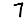
Digit: 7